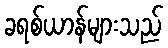
ခရစ်ယာန်များသည်